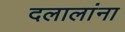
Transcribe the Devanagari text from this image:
दलालांना